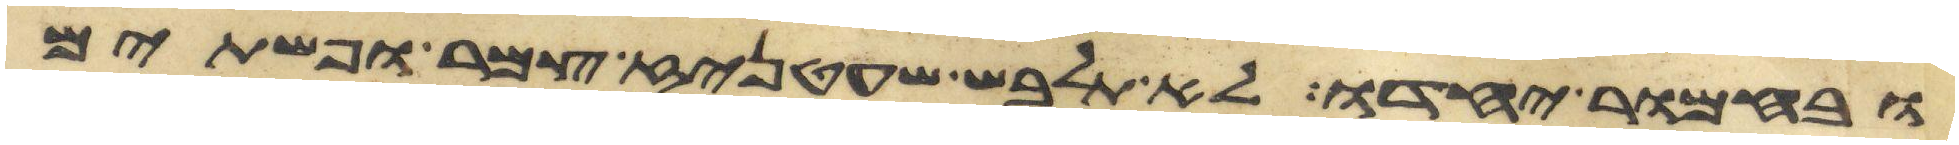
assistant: ובחמור יחדו לא תלבש שעטניז צמר ופשתים